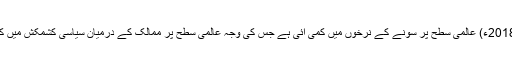
20 اپریل2018ء) عالمی سطح پر سونے کے نرخوں میں کمی آئی ہے جس کی وجہ عالمی سطح پر ممالک کے درمیان سیاسی کشمکش میں کمی آنا ہے۔